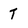
Character: t